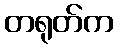
တရုတ်က